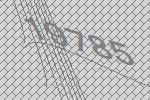
19785